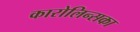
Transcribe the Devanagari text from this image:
कारोलिन्सका